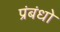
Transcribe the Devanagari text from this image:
प्रंबंधो